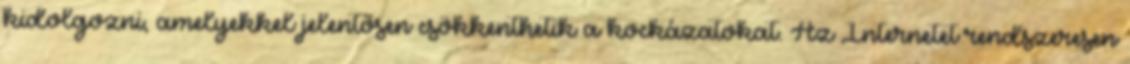
kidolgozni, amelyekkel jelentősen csökkenthetik a kockázatokat. Az Internetet rendszeresen